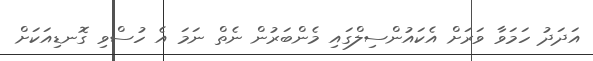
އަދަދު ހަމަވާ ވަރަށް އެކައުންސިލްގައި މެންބަރުން ނެތް ނަމަ އެ ހުސްވި ގޮނޑިއަކަށް